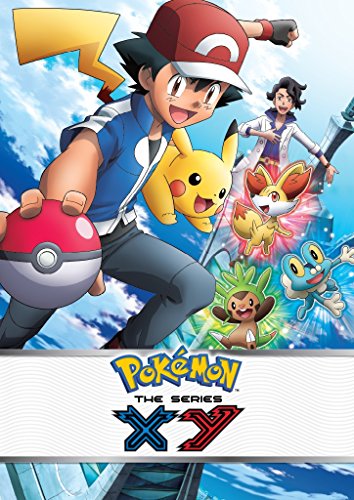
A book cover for The NEW (2015) Complete Guide to: PokÃ©mon x/y Game Cheats AND Guide Tips & Tricks, Strategy, Walkthrough, Secrets, Download the game, Codes, Gameplay and MORE!; Mogul Books; Computers & Technology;